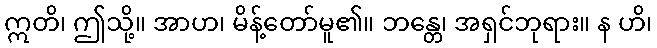
ဣတိ၊ ဤသို့။ အာဟ၊ မိန့်တော်မူ၏။ ဘန္တေ၊ အရှင်ဘုရား။ န ဟိ၊